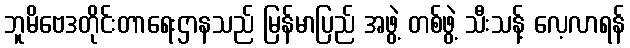
ဘူမိဗေဒတိုင်းတာရေးဌာနသည် မြန်မာပြည် အဖွဲ့ တစ်ဖွဲ့ သီးသန့် လေ့လာရန်